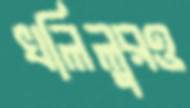
খলিলুরও